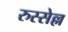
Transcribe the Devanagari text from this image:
रुस्सेल्ल